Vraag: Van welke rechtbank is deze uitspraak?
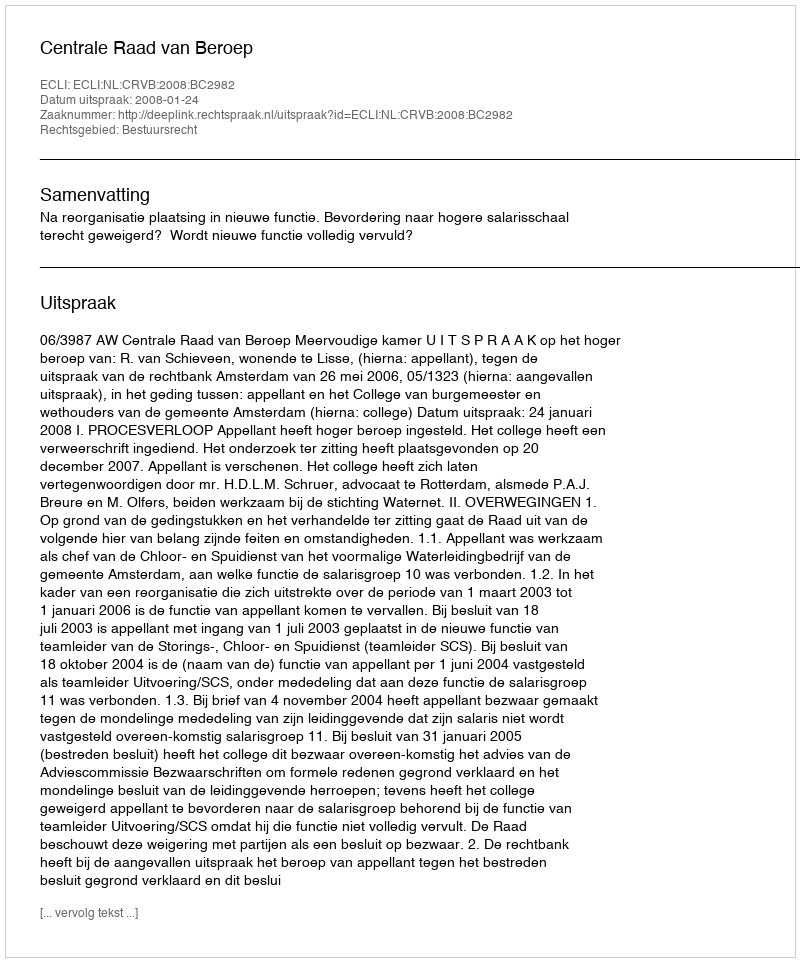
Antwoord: Centrale Raad van Beroep